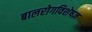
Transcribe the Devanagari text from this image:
बालरोगविशेषज्ञ